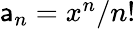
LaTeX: \textstyle\mathsf{a}_{n}=x^{n}/n!